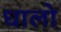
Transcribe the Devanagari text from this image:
धालो